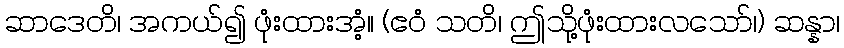
ဆာဒေတိ၊ အကယ်၍ ဖုံးထားအံ့။ (ဧဝံ သတိ၊ ဤသို့ဖုံးထားလသော်၊) ဆန္နာ၊